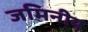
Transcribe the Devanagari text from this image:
जमिनीय